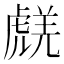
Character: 𧇞